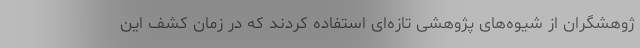
ژوهشگران از شیوه‌های پژوهشی تازه‌ای استفاده کردند که در زمان کشف این